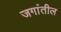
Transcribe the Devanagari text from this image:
जगांतील